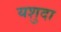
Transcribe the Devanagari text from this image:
यशुदा